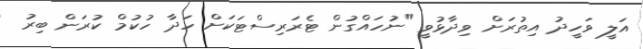
އަލީ ވަހީދު އިތުރަށް ވިދާޅުވީ "ނުހައްގުން ޓެރަރިސްޓަކަށް ހަދާ ހުކުމް ކުރަން ބިރު